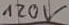
Text: 120V